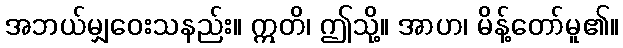
အဘယ်မျှဝေးသနည်း။ ဣတိ၊ ဤသို့။ အာဟ၊ မိန့်တော်မူ၏။